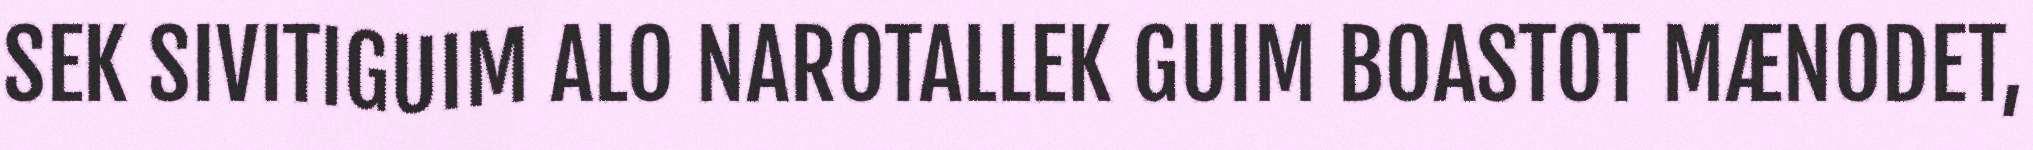
SEK SIVITIGUIM ALO NAROTALLEK GUIM BOASTOT MÆNODET,